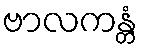
ဗာလကန္တံ